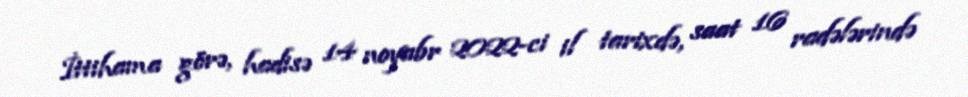
İttihama görə, hadisə 14 noyabr 2022-ci il tarixdə, saat 16 radələrində